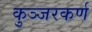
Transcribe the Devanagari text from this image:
कुञ्जरकर्ण